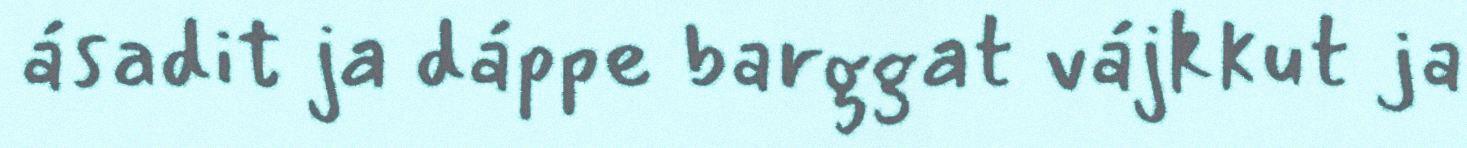
ásadit ja dáppe barggat vájkkut ja